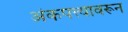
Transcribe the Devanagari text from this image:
अंकपत्त्यावरून